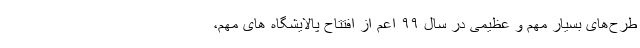
طرح‌های بسیار مهم و عظیمی در سال ۹۹ اعم از افتتاح پالایشگاه های مهم،